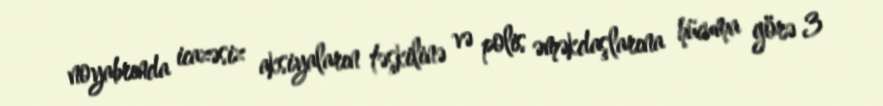
noyabrında icazəsiz aksiyaların təşkilinə və polis əməkdaşlarına hücuma görə 3